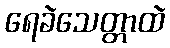
ရေခဲသေတ္တာထဲ